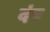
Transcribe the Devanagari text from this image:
दंव